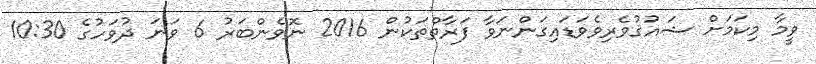
ވީމާ މިކަމަށް ޝައުޤުވެރިވެވަޑައިގަންނަވާ ފަރާތްތަކުން 2016 ނޮވެންބަރު 6 ވަނަ ދުވަހުގެ 10:30